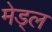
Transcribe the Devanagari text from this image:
मेड्ल